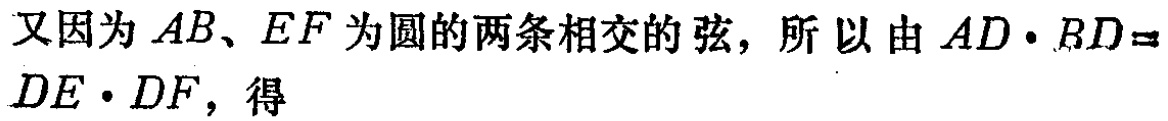
又因为 \(AB、EF\) 为圆的两条相交的弦，所以由 \(AD\cdot BD = DE\cdot DF\)，得